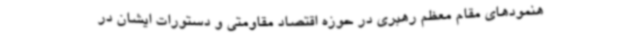
هنمودهای مقام معظم رهبری در حوزه اقتصاد مقاومتی و دستورات ایشان در